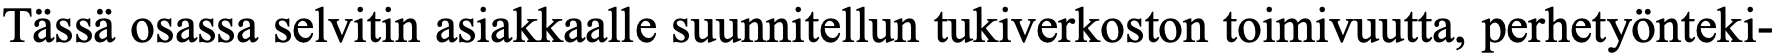
Tässä osassa selvitin asiakkaalle suunnitellun tukiverkoston toimivuutta, perhetyönteki-